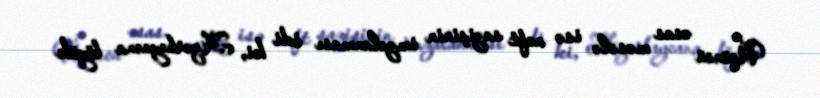
Üçüncü əsas məsələ isə neft sazişinin imzalanması idi ki, Azərbaycana böyük